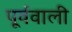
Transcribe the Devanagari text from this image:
पूर्ववाली